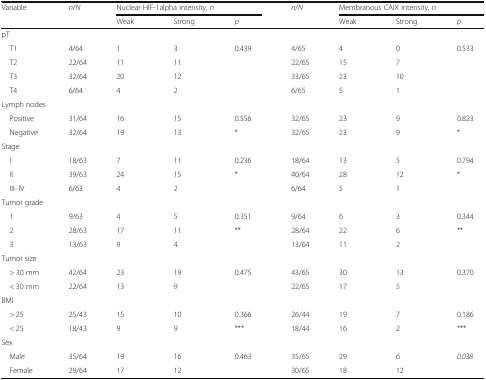
<table><thead><tr><td><b>Variable</b></td><td><b><i>n</i>/<i>N</i></b></td><td colspan="3"><b>Nuclear HIF-1alpha intensity, <i>n</i></b></td><td><b><i>n</i>/<i>N</i></b></td><td colspan="3"><b>Membranous CAIX intensity, <i>n</i></b></td></tr><tr><td></td><td></td><td><b>Weak</b></td><td><b>Strong</b></td><td><b><i>p</i></b></td><td></td><td><b>Weak</b></td><td><b>Strong</b></td><td><b><i>p</i></b></td></tr></thead><tbody><tr><td colspan="9">pT</td></tr><tr><td> T1</td><td>4/64</td><td>1</td><td>3</td><td>0.439</td><td>4/65</td><td>4</td><td>0</td><td>0.533</td></tr><tr><td> T2</td><td>22/64</td><td>11</td><td>11</td><td></td><td>22/65</td><td>15</td><td>7</td><td></td></tr><tr><td> T3</td><td>32/64</td><td>20</td><td>12</td><td></td><td>33/65</td><td>23</td><td>10</td><td></td></tr><tr><td> T4</td><td>6/64</td><td>4</td><td>2</td><td></td><td>6/65</td><td>5</td><td>1</td><td></td></tr><tr><td colspan="9">Lymph nodes</td></tr><tr><td> Positive</td><td>31/64</td><td>16</td><td>15</td><td>0.556</td><td>32/65</td><td>23</td><td>9</td><td>0.823</td></tr><tr><td> Negative</td><td>32/64</td><td>19</td><td>13</td><td>*</td><td>32/65</td><td>23</td><td>9</td><td>*</td></tr><tr><td colspan="9">Stage</td></tr><tr><td> I</td><td>18/63</td><td>7</td><td>11</td><td>0.236</td><td>18/64</td><td>13</td><td>5</td><td>0.794</td></tr><tr><td> II</td><td>39/63</td><td>24</td><td>15</td><td>*</td><td>40/64</td><td>28</td><td>12</td><td>*</td></tr><tr><td> III–IV</td><td>6/63</td><td>4</td><td>2</td><td></td><td>6/64</td><td>5</td><td>1</td><td></td></tr><tr><td colspan="9">Tumor grade</td></tr><tr><td> 1</td><td>9/63</td><td>4</td><td>5</td><td>0.351</td><td>9/64</td><td>6</td><td>3</td><td>0.344</td></tr><tr><td> 2</td><td>28/63</td><td>17</td><td>11</td><td>**</td><td>28/64</td><td>22</td><td>6</td><td>**</td></tr><tr><td> 3</td><td>13/63</td><td>9</td><td>4</td><td></td><td>13/64</td><td>11</td><td>2</td><td></td></tr><tr><td colspan="9">Tumor size</td></tr><tr><td> &gt; 30 mm</td><td>42/64</td><td>23</td><td>19</td><td>0.475</td><td>43/65</td><td>30</td><td>13</td><td>0.370</td></tr><tr><td> &lt; 30 mm</td><td>22/64</td><td>13</td><td>9</td><td></td><td>22/65</td><td>17</td><td>5</td><td></td></tr><tr><td colspan="9">BMI</td></tr><tr><td> &gt; 25</td><td>25/43</td><td>15</td><td>10</td><td>0.366</td><td>26/44</td><td>19</td><td>7</td><td>0.186</td></tr><tr><td> &lt; 25</td><td>18/43</td><td>9</td><td>9</td><td>***</td><td>18/44</td><td>16</td><td>2</td><td>***</td></tr><tr><td colspan="9">Sex</td></tr><tr><td> Male</td><td>35/64</td><td>19</td><td>16</td><td>0.463</td><td>35/65</td><td>29</td><td>6</td><td><i>0.038</i></td></tr><tr><td> Female</td><td>29/64</td><td>17</td><td>12</td><td></td><td>30/65</td><td>18</td><td>12</td><td></td></tr></tbody></table>